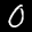
Label: 0